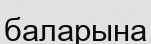
баларына